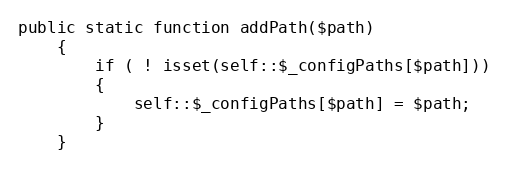
Language: PHP
public static function addPath($path)
    {
        if ( ! isset(self::$_configPaths[$path]))
        {
            self::$_configPaths[$path] = $path;
        }
    }